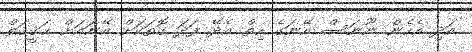
އަދި އެހެން ނޫނަސް އޭނަގެ ހިތް އެދޭ ފަދަ ގޮތަކަށް އޭނައަށް ޙަޤީޤަތް